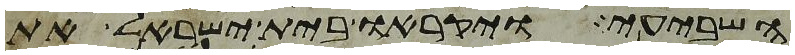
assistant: השביעי ויקראו בית ישראל את